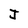
Character: J